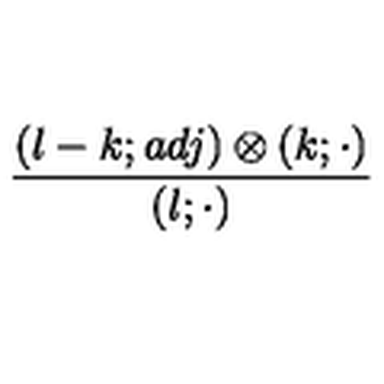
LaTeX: { \frac { ( l - k ; a d j ) \otimes ( k ; \cdot ) } { ( l ; \cdot ) } }